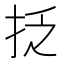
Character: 抸